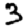
Digit: 3